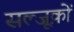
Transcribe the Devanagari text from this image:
सल्जूक़ों